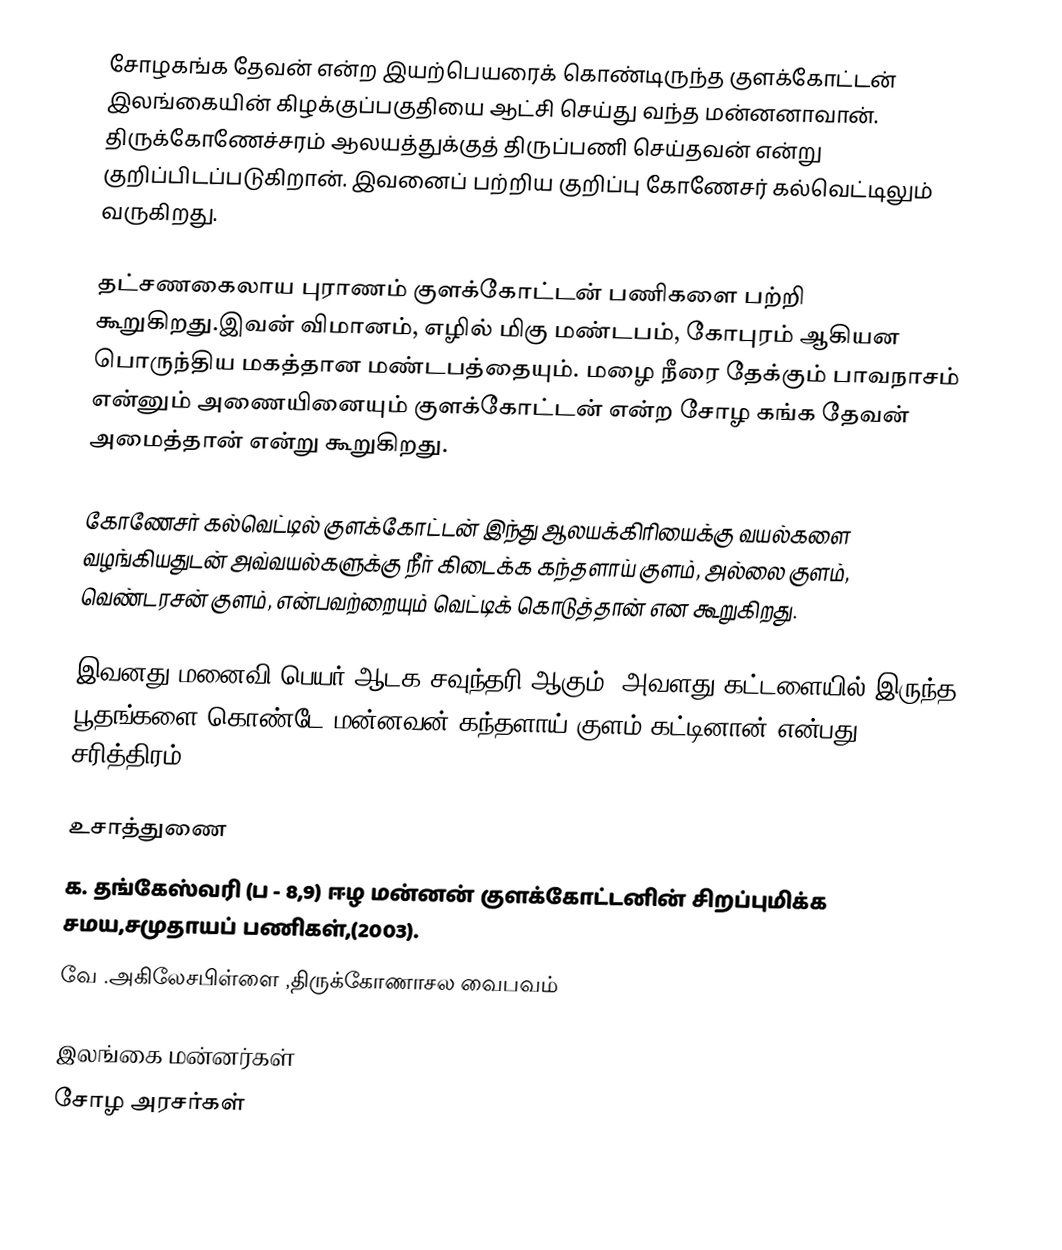
சோழகங்க தேவன் என்ற இயற்பெயரைக் கொண்டிருந்த குளக்கோட்டன் இலங்கையின் கிழக்குப்பகுதியை ஆட்சி செய்து வந்த மன்னனாவான். திருக்கோணேச்சரம் ஆலயத்துக்குத் திருப்பணி செய்தவன் என்று குறிப்பிடப்படுகிறான். இவனைப் பற்றிய குறிப்பு கோணேசர் கல்வெட்டிலும் வருகிறது.

தட்சணகைலாய புராணம் குளக்கோட்டன் பணிகளை பற்றி கூறுகிறது.இவன் விமானம், எழில் மிகு மண்டபம், கோபுரம் ஆகியன பொருந்திய மகத்தான மண்டபத்தையும். மழை நீரை தேக்கும் பாவநாசம் என்னும் அணையினையும் குளக்கோட்டன் என்ற சோழ கங்க தேவன் அமைத்தான் என்று கூறுகிறது.

கோணேசர் கல்வெட்டில் குளக்கோட்டன் இந்து ஆலயக்கிரியைக்கு வயல்களை வழங்கியதுடன் அவ்வயல்களுக்கு நீர் கிடைக்க கந்தளாய் குளம், அல்லை குளம், வெண்டரசன் குளம், என்பவற்றையும் வெட்டிக் கொடுத்தான்  என கூறுகிறது.

இவனது மனைவி பெயர் ஆடக சவுந்தரி ஆகும். அவளது கட்டளையில் இருந்த பூதங்களை கொண்டே மன்னவன் கந்தளாய் குளம் கட்டினான் என்பது சரித்திரம்.

உசாத்துணை
க. தங்கேஸ்வரி (ப - 8,9) ஈழ மன்னன் குளக்கோட்டனின் சிறப்புமிக்க சமய,சமுதாயப் பணிகள்,(2003).
வே .அகிலேசபிள்ளை ,திருக்கோணாசல வைபவம்

இலங்கை மன்னர்கள்
சோழ அரசர்கள்